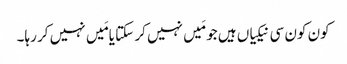
کون کون سی نیکیاں ہیں جو مَیں نہیں کر سکتا یامَیں نہیں کر رہا۔